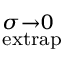
^ { \sigma \rightarrow 0 } _ { \mathrm { e x t r a p } }